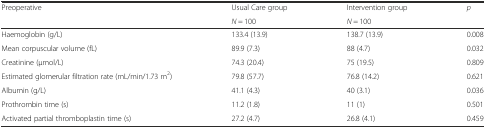
<table><thead><tr><td rowspan="2"><b>Preoperative</b></td><td><b>Usual Care group</b></td><td><b>Intervention group</b></td><td rowspan="2"><b><i>p</i></b></td></tr><tr><td><b><i>N</i> = 100</b></td><td><b><i>N</i> = 100</b></td></tr></thead><tbody><tr><td>Haemoglobin (g/L)</td><td>133.4 (13.9)</td><td>138.7 (13.9)</td><td>0.008</td></tr><tr><td>Mean corpuscular volume (fL)</td><td>89.9 (7.3)</td><td>88 (4.7)</td><td>0.032</td></tr><tr><td>Creatinine (μmol/L)</td><td>74.3 (20.4)</td><td>75 (19.5)</td><td>0.809</td></tr><tr><td>Estimated glomerular filtration rate (mL/min/1.73 m<sup>2</sup>)</td><td>79.8 (57.7)</td><td>76.8 (14.2)</td><td>0.621</td></tr><tr><td>Albumin (g/L)</td><td>41.1 (4.3)</td><td>40 (3.1)</td><td>0.036</td></tr><tr><td>Prothrombin time (s)</td><td>11.2 (1.8)</td><td>11 (1)</td><td>0.501</td></tr><tr><td>Activated partial thromboplastin time (s)</td><td>27.2 (4.7)</td><td>26.8 (4.1)</td><td>0.459</td></tr></tbody></table>